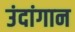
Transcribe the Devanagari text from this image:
उंदांगान